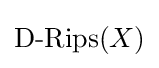
{\text{D-Rips}}(X)